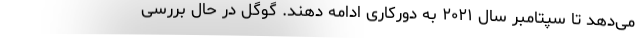
می‌دهد تا سپتامبر سال ۲۰۲۱ به دورکاری ادامه دهند. گوگل در حال بررسی